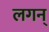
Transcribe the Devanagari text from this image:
लगन्